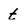
Character: t